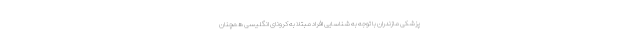
پزشکی مازندران با توجه به شناسایی افراد مبتلا به کرونای انگلیسی همچنان